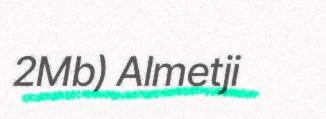
2Mb) Almetji